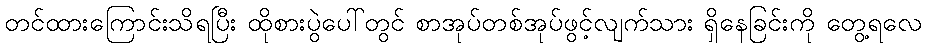
တင်ထားကြောင်းသိရပြီး ထိုစားပွဲပေါ်တွင် စာအုပ်တစ်အုပ်ဖွင့်လျက်သား ရှိနေခြင်းကို တွေ့ရလေ